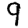
Digit: 9